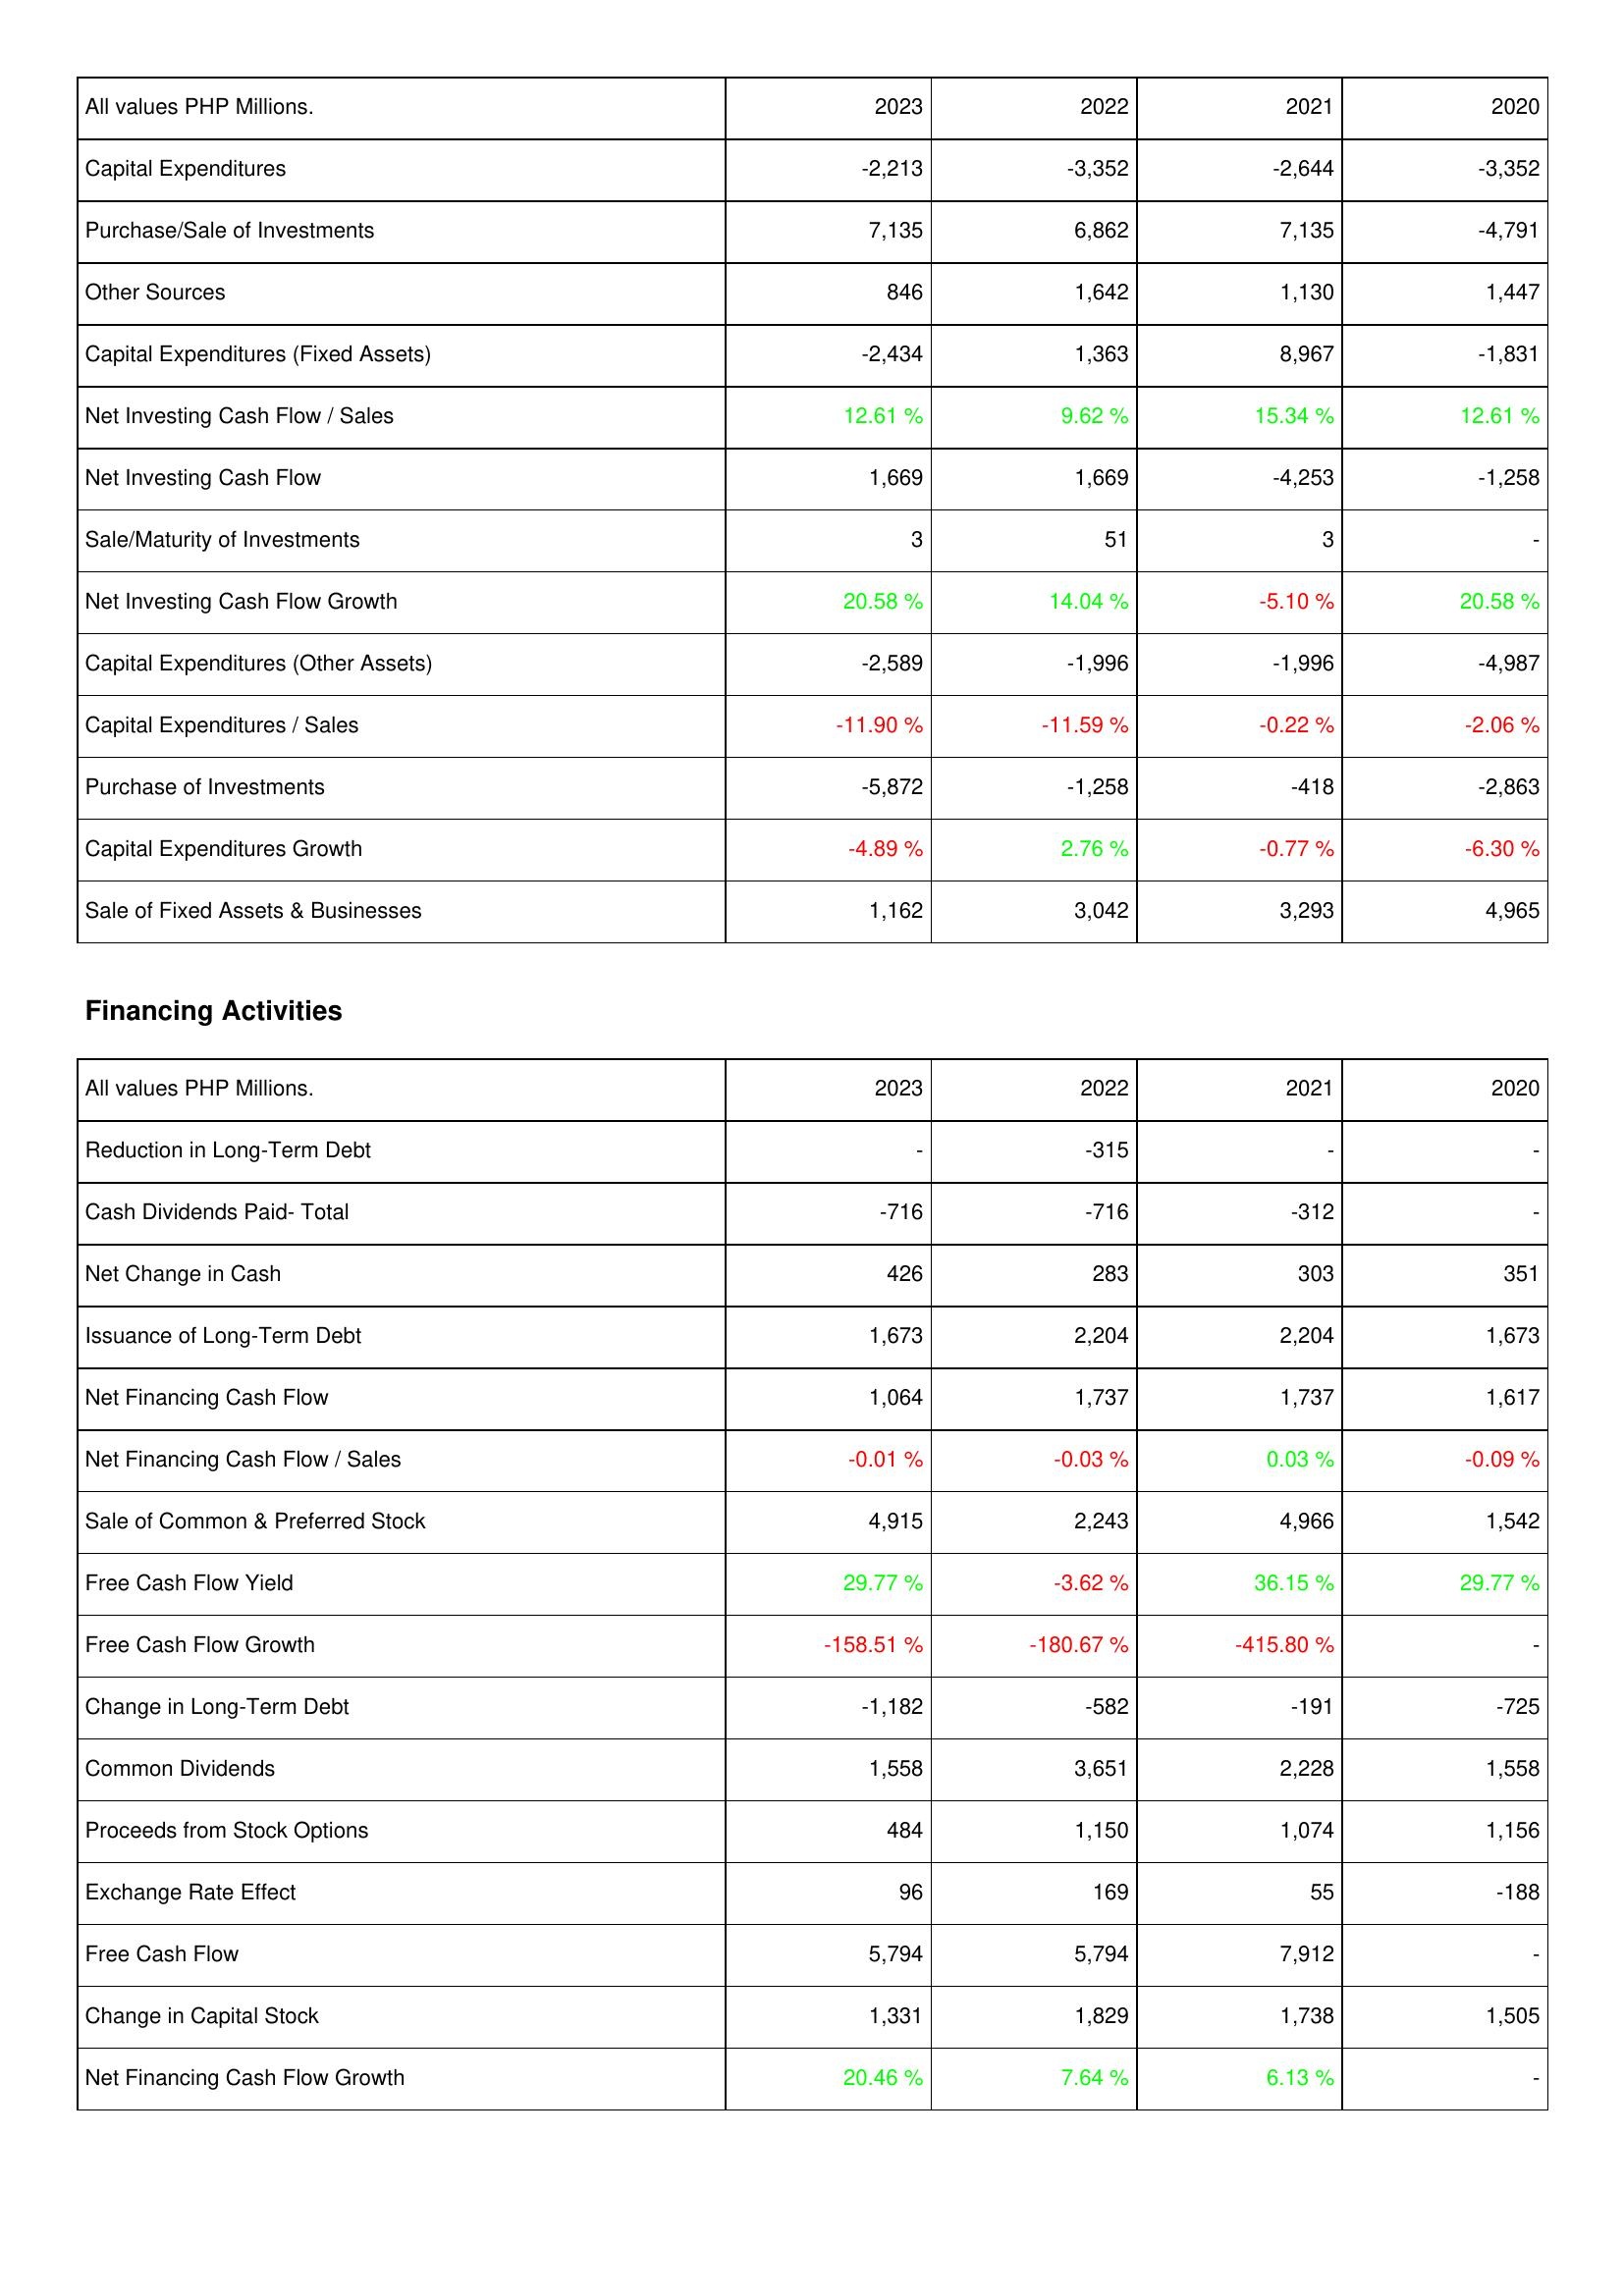
2023: Investing Activities: Capital Expenditures: -2,213
Purchase/Sale of Investments: 7,135
Other Sources: 846
Capital Expenditures (Fixed Assets): -2,434
Net Investing Cash Flow / Sales: 12.61 %
Net Investing Cash Flow: 1,669
Sale/Maturity of Investments: 3
Net Investing Cash Flow Growth: 20.58 %
Capital Expenditures (Other Assets): -2,589
Capital Expenditures / Sales: -11.90 %
Purchase of Investments: -5,872
Capital Expenditures Growth: -4.89 %
Sale of Fixed Assets & Businesses: 1,162
Financing Activities: Reduction in Long-Term Debt: -
Cash Dividends Paid- Total: -716
Net Change in Cash: 426
Issuance of Long-Term Debt: 1,673
Net Financing Cash Flow: 1,064
Net Financing Cash Flow / Sales: -0.01 %
Sale of Common & Preferred Stock: 4,915
Free Cash Flow Yield: 29.77 %
Free Cash Flow Growth: -158.51 %
Change in Long-Term Debt: -1,182
Common Dividends: 1,558
Proceeds from Stock Options: 484
Exchange Rate Effect: 96
Free Cash Flow: 5,794
Change in Capital Stock: 1,331
Net Financing Cash Flow Growth: 20.46 %
2022: Investing Activities: Capital Expenditures: -3,352
Purchase/Sale of Investments: 6,862
Other Sources: 1,642
Capital Expenditures (Fixed Assets): 1,363
Net Investing Cash Flow / Sales: 9.62 %
Net Investing Cash Flow: 1,669
Sale/Maturity of Investments: 51
Net Investing Cash Flow Growth: 14.04 %
Capital Expenditures (Other Assets): -1,996
Capital Expenditures / Sales: -11.59 %
Purchase of Investments: -1,258
Capital Expenditures Growth: 2.76 %
Sale of Fixed Assets & Businesses: 3,042
Financing Activities: Reduction in Long-Term Debt: -315
Cash Dividends Paid- Total: -716
Net Change in Cash: 283
Issuance of Long-Term Debt: 2,204
Net Financing Cash Flow: 1,737
Net Financing Cash Flow / Sales: -0.03 %
Sale of Common & Preferred Stock: 2,243
Free Cash Flow Yield: -3.62 %
Free Cash Flow Growth: -180.67 %
Change in Long-Term Debt: -582
Common Dividends: 3,651
Proceeds from Stock Options: 1,150
Exchange Rate Effect: 169
Free Cash Flow: 5,794
Change in Capital Stock: 1,829
Net Financing Cash Flow Growth: 7.64 %
2021: Investing Activities: Capital Expenditures: -2,644
Purchase/Sale of Investments: 7,135
Other Sources: 1,130
Capital Expenditures (Fixed Assets): 8,967
Net Investing Cash Flow / Sales: 15.34 %
Net Investing Cash Flow: -4,253
Sale/Maturity of Investments: 3
Net Investing Cash Flow Growth: -5.10 %
Capital Expenditures (Other Assets): -1,996
Capital Expenditures / Sales: -0.22 %
Purchase of Investments: -418
Capital Expenditures Growth: -0.77 %
Sale of Fixed Assets & Businesses: 3,293
Financing Activities: Reduction in Long-Term Debt: -
Cash Dividends Paid- Total: -312
Net Change in Cash: 303
Issuance of Long-Term Debt: 2,204
Net Financing Cash Flow: 1,737
Net Financing Cash Flow / Sales: 0.03 %
Sale of Common & Preferred Stock: 4,966
Free Cash Flow Yield: 36.15 %
Free Cash Flow Growth: -415.80 %
Change in Long-Term Debt: -191
Common Dividends: 2,228
Proceeds from Stock Options: 1,074
Exchange Rate Effect: 55
Free Cash Flow: 7,912
Change in Capital Stock: 1,738
Net Financing Cash Flow Growth: 6.13 %
2020: Investing Activities: Capital Expenditures: -3,352
Purchase/Sale of Investments: -4,791
Other Sources: 1,447
Capital Expenditures (Fixed Assets): -1,831
Net Investing Cash Flow / Sales: 12.61 %
Net Investing Cash Flow: -1,258
Sale/Maturity of Investments: -
Net Investing Cash Flow Growth: 20.58 %
Capital Expenditures (Other Assets): -4,987
Capital Expenditures / Sales: -2.06 %
Purchase of Investments: -2,863
Capital Expenditures Growth: -6.30 %
Sale of Fixed Assets & Businesses: 4,965
Financing Activities: Reduction in Long-Term Debt: -
Cash Dividends Paid- Total: -
Net Change in Cash: 351
Issuance of Long-Term Debt: 1,673
Net Financing Cash Flow: 1,617
Net Financing Cash Flow / Sales: -0.09 %
Sale of Common & Preferred Stock: 1,542
Free Cash Flow Yield: 29.77 %
Free Cash Flow Growth: -
Change in Long-Term Debt: -725
Common Dividends: 1,558
Proceeds from Stock Options: 1,156
Exchange Rate Effect: -188
Free Cash Flow: -
Change in Capital Stock: 1,505
Net Financing Cash Flow Growth: -